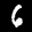
Label: 6